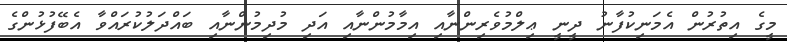
މީގެ އިތުރުން އެމަނިކުފާނު ދީނީ ޢިލްމުވެރިންނާއި އިމާމުންނާއި އަދި މުދިމުންނާއި ބައްދަލުކުރައްވާ އެބޭފުޅުންގެ